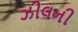
ઝીલની